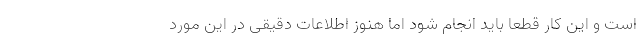
است و این کار قطعا باید انجام شود اما هنوز اطلاعات دقیقی در این مورد